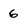
Character: 6